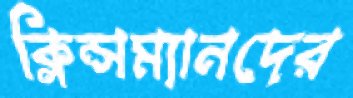
ক্লিন্সম্যানদের